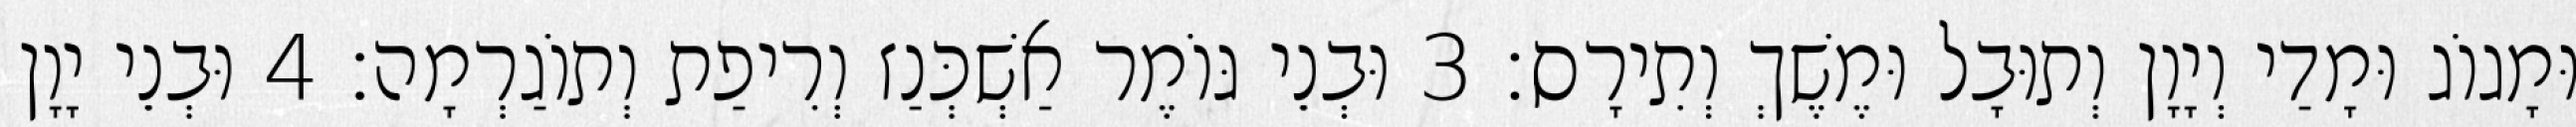
וּמָגוֹג וּמָדַי וְיָוָן וְתוּבָל וּמֶשֶׁךְ וְתִירָס׃ 3 וּבְנֵי גּוֹמֶר אַשְׁכְּנַז וְרִיפַת וְתוֹגַרְמָה׃ 4 וּבְנֵי יָוָן